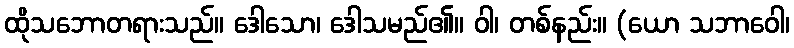
ထိုသဘောတရားသည်။ ဒေါသော၊ ဒေါသမည်၏။ ဝါ၊ တစ်နည်း။ (ယော သဘာဝေါ၊